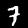
Label: 7